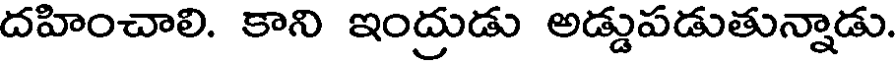
దహించాలి. కాని ఇంద్రుడు అడ్డుపడుతున్నాడు.